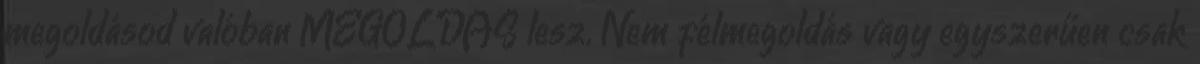
megoldásod valóban MEGOLDÁS lesz. Nem félmegoldás vagy egyszerűen csak